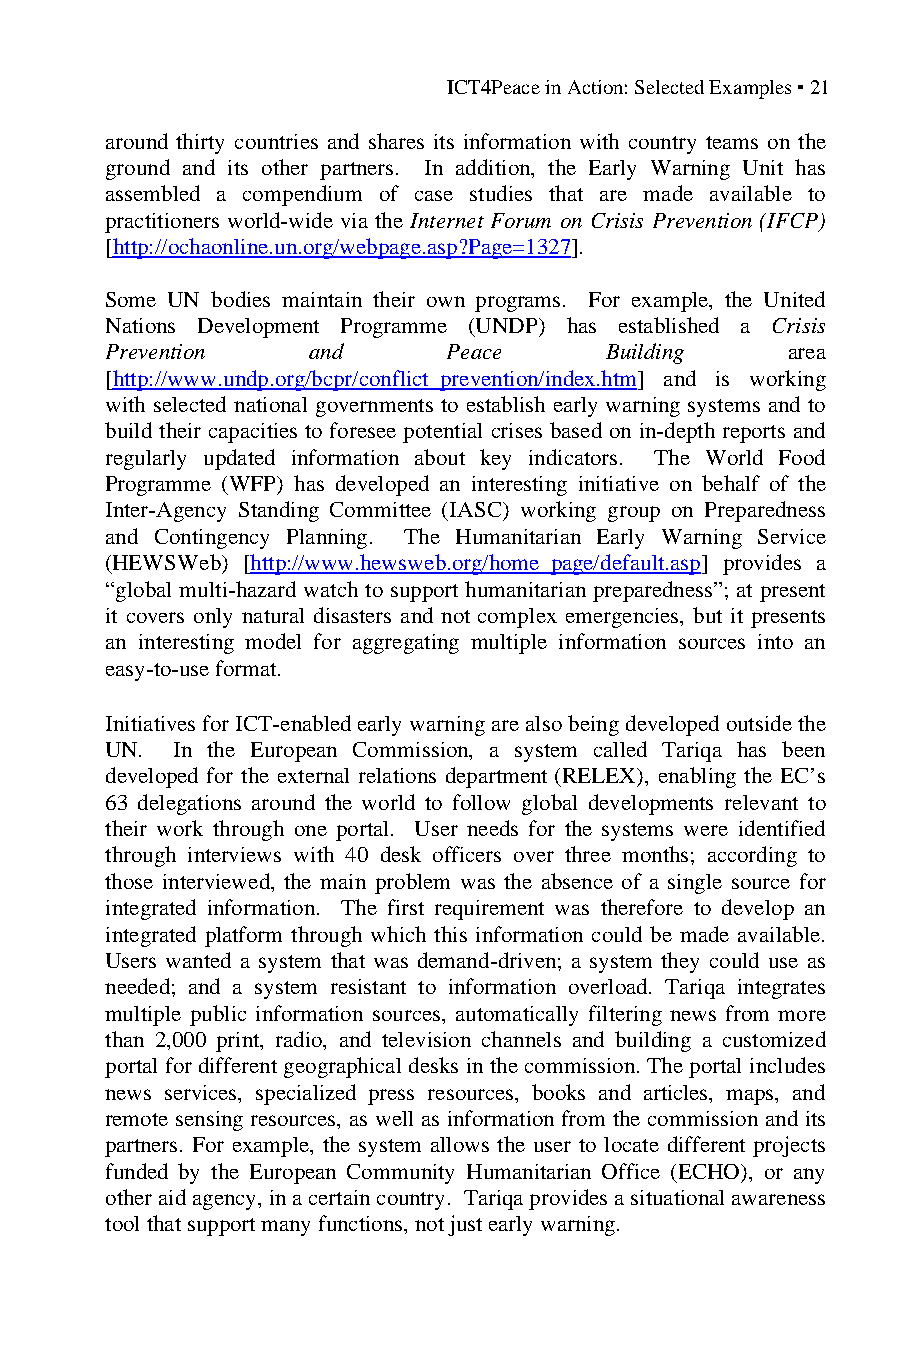
ICT4Peace in Action: Selected Examples ▪ 21
 around thirty countries and shares its information with country teams on the
 ground and its other partners. In addition, the Early Warning Unit has
 assembled a compendium of case studies that are made available to
 practitioners world-wide via the Internet Forum on Crisis Prevention (IFCP)
 [http://ochaonline.un.org/webpage.asp?Page=1327].
 Some UN bodies maintain their own programs. For example, the United
 Nations Development Programme (UNDP) has established a Crisis
 Prevention   and       Peace     Building    area
 [http://www.undp.org/bcpr/conflict_prevention/index.htm] and is working
 with selected national governments to establish early warning systems and to
 build their capacities to foresee potential crises based on in-depth reports and
 regularly updated information about key indicators. The World Food
 Programme (WFP) has developed an interesting initiative on behalf of the
 Inter-Agency Standing Committee (IASC) working group on Preparedness
 and Contingency Planning. The Humanitarian Early Warning Service
 (HEWSWeb) [http://www.hewsweb.org/home_page/default.asp] provides a
 “global multi-hazard watch to support humanitarian preparedness”; at present
 it covers only natural disasters and not complex emergencies, but it presents
 an interesting model for aggregating multiple information sources into an
 easy-to-use format.
 Initiatives for ICT-enabled early warning are also being developed outside the
 UN. In the European Commission, a system called Tariqa has been
 developed for the external relations department (RELEX), enabling the EC’s
 63 delegations around the world to follow global developments relevant to
 their work through one portal. User needs for the systems were identified
 through interviews with 40 desk officers over three months; according to
 those interviewed, the main problem was the absence of a single source for
 integrated information. The first requirement was therefore to develop an
 integrated platform through which this information could be made available.
 Users wanted a system that was demand-driven; a system they could use as
 needed; and a system resistant to information overload. Tariqa integrates
 multiple public information sources, automatically filtering news from more
 than 2,000 print, radio, and television channels and building a customized
 portal for different geographical desks in the commission. The portal includes
 news services, specialized press resources, books and articles, maps, and
 remote sensing resources, as well as information from the commission and its
 partners. For example, the system allows the user to locate different projects
 funded by the European Community Humanitarian Office (ECHO), or any
 other aid agency, in a certain country. Tariqa provides a situational awareness
 tool that support many functions, not just early warning.